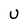
Character: U